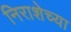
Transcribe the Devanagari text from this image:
निराशेच्या